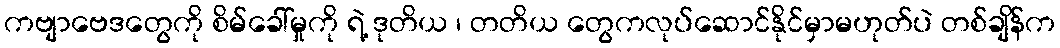
ကဗျာဗေဒတွေကို စိမ်ခေါ်မှုကို ရဲ့ ဒုတိယ ၊ တတိယ တွေကလုပ်ဆောင်နိုင်မှာမဟုတ်ပဲ တစ်ချိန်က